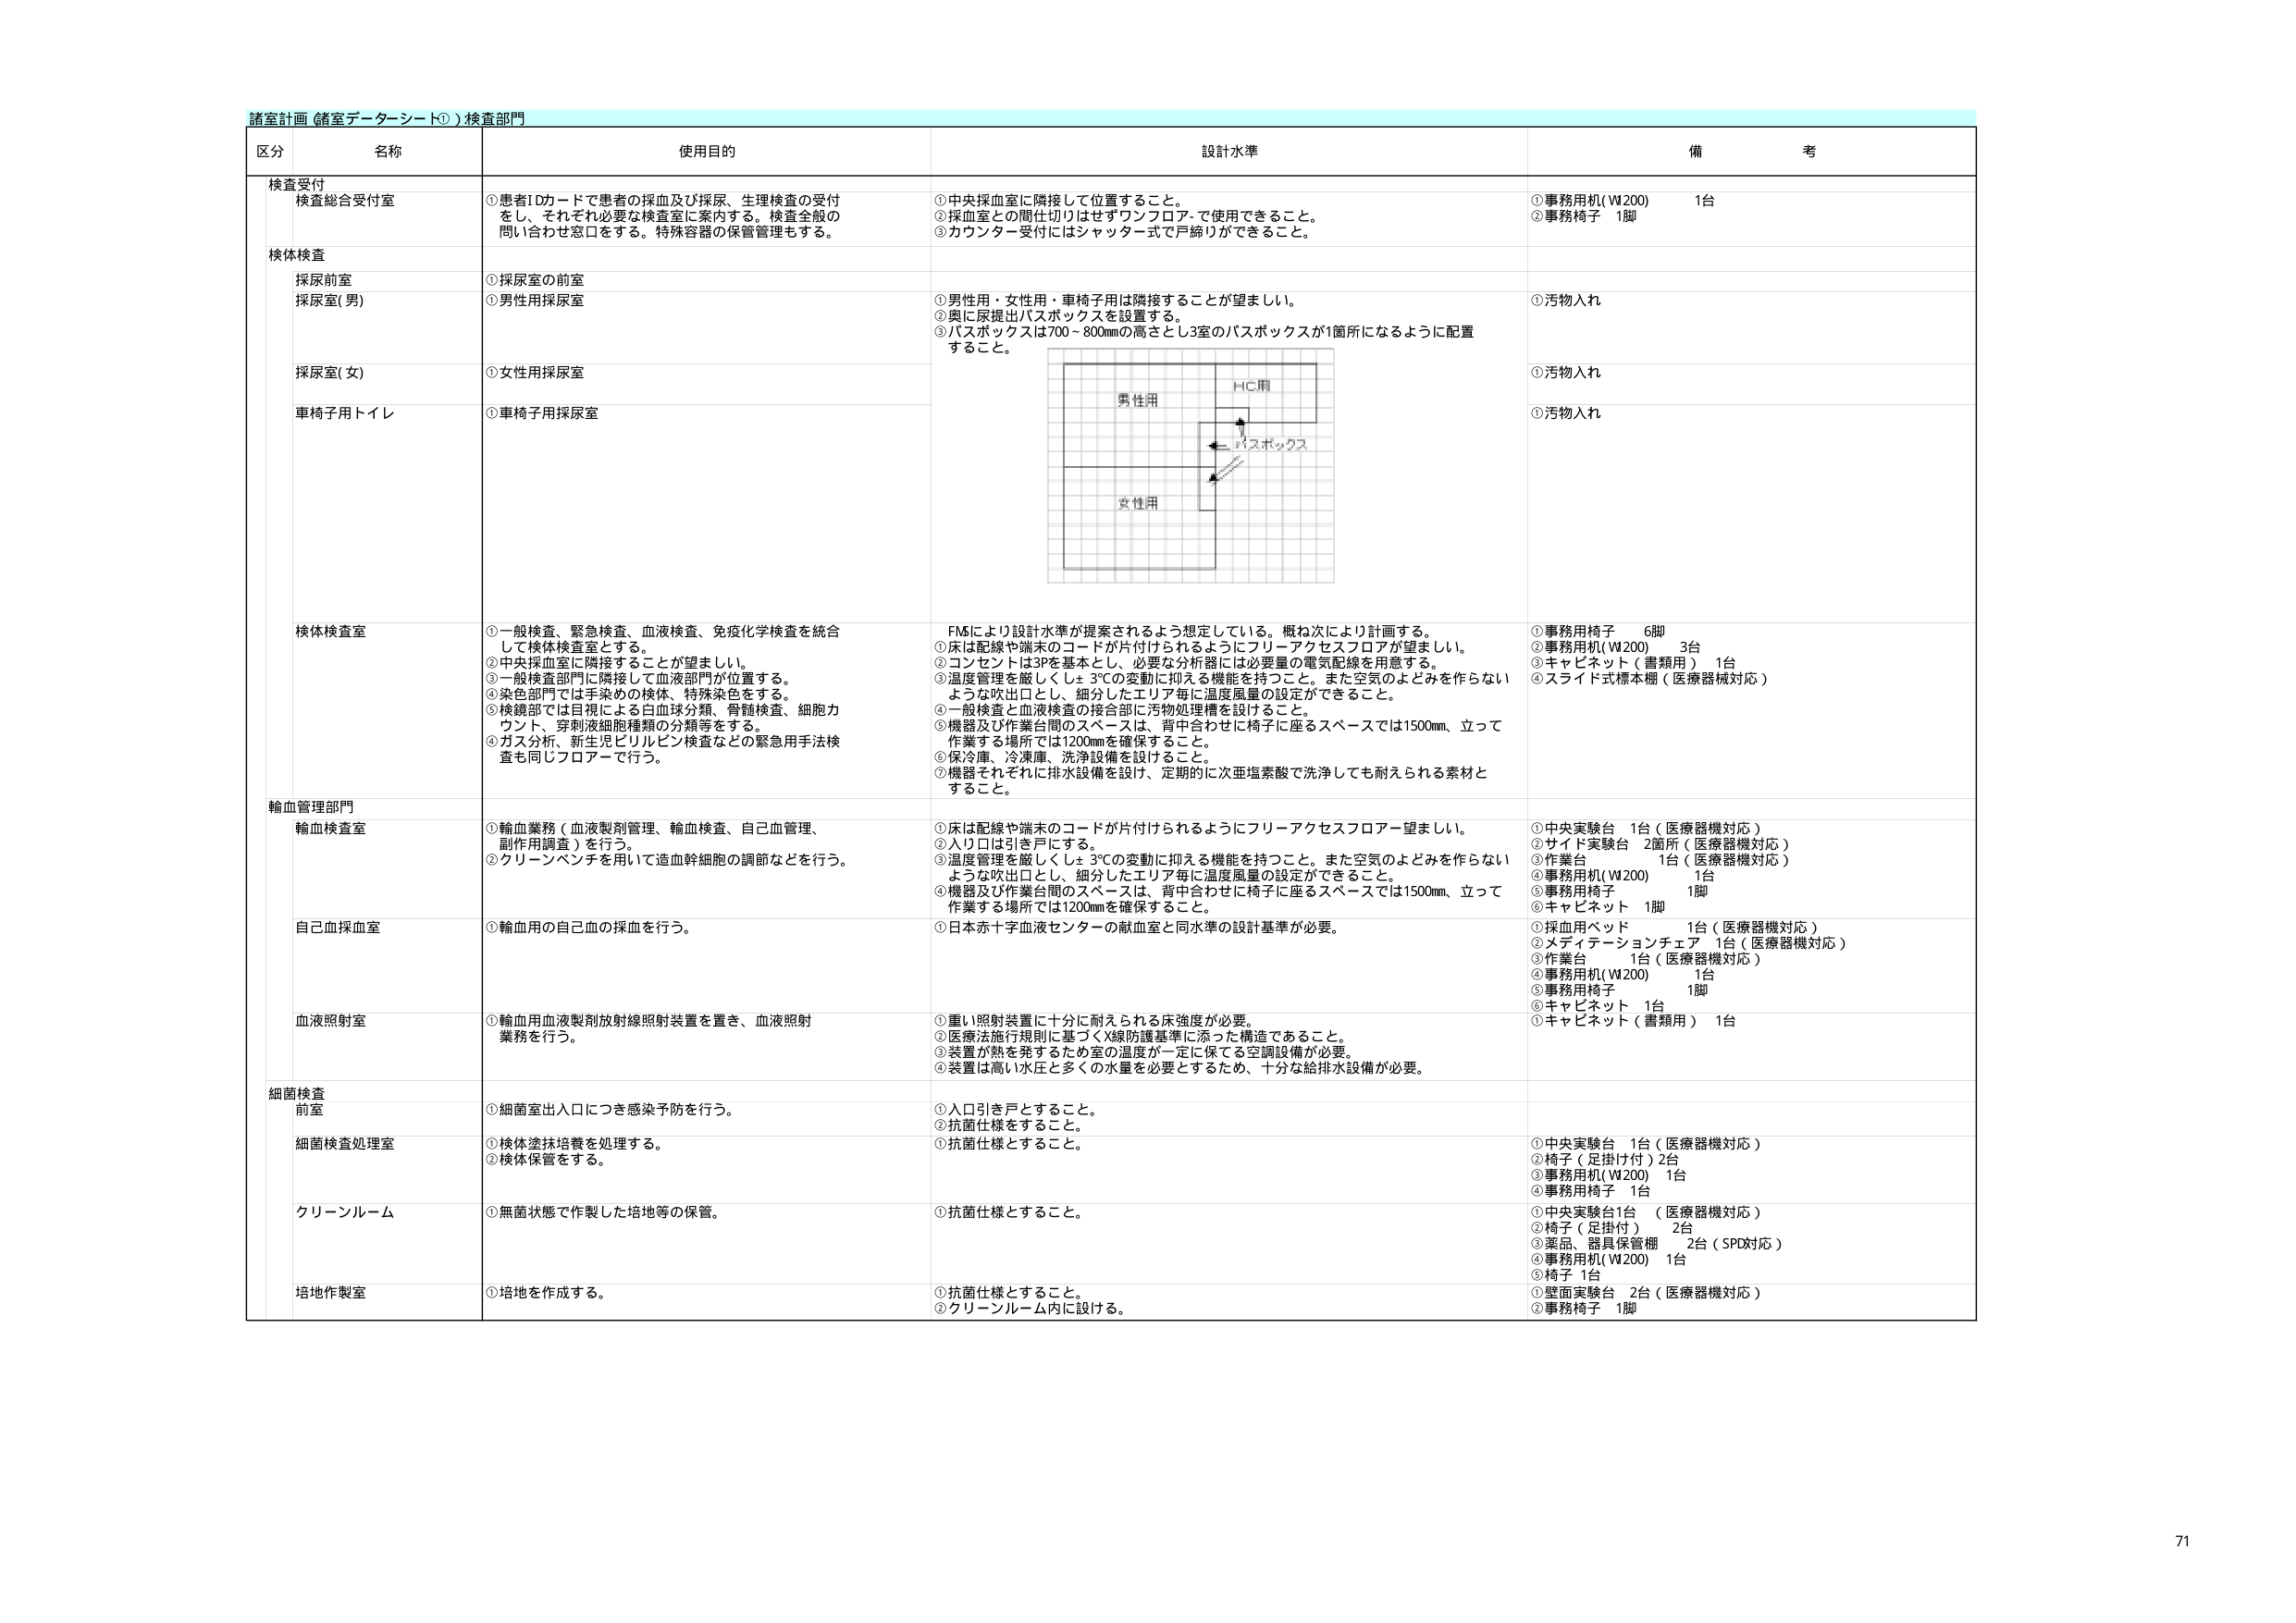
諸室計画（諸室データシート①）検査部門

区分 名称 使用目的 設計水準 備考

検査受付
検査総合受付室
①患者IDカードで患者の採血及び採尿、生理検査の受付をし、それぞれ必要な検査室に案内する。検査全般の問い合わせ窓口をする。特殊容器の保管管理もする。
①中央採血室に隣接して位置すること。
②採血室との間仕切りはせずワンフロア-で使用できること。
③カウンター受付にはシャッター式で戸締りができること。
①事務用机(W200) 1台
②事務椅子 1脚

検体検査
採尿前室
①採尿室の前室

採尿室(男)
①男性用採尿室
①男性用・女性用・車椅子用は隣接することが望ましい。
②奥に尿提出バスボックスを設置する。
③バスボックスの高さとし3室のバスボックスが1箇所になるように配置すること。
①汚物入れ

採尿室(女)
①女性用採尿室
①汚物入れ

車椅子用トイレ
①車椅子用採尿室
①汚物入れ

検体検査室
①一般検査、緊急検査、血液検査、免疫化学検査を統合して検体検査室とする。
②中央採血室に隣接することが望ましい。
③一般検査部門に隣接して血液部門が位置する。
④染色部門では手染めの検体、特殊染色をする。
⑤鏡検部では目視による白血球分類、骨髄検査、細胞カウント、穿刺液細胞種類の分類等をする。
④ガス分析、新生児ビリルビン検査などの緊急用手法検査も同じフロアーで行う。
FM5により設計水準が提案されるよう想定している。概ね次により計画する。
①床は配線や端末のコードが片付けられるようにフリーアクセスフロアーが望ましい。
②コンセントは3Pを基本とし、必要な分析器には必要量の電気配線を用意する。
③温度管理を厳しくし±3℃の変動に抑える機能を持つこと。また空気のよどみを作らないような吹出口とし、細分化したエリア毎に温度風量の設定ができること。
④一般検査と血液検査の接合部に汚物処理槽を設けること。
⑤機器及び作業台間のスペースは、背中合わせに椅子に座るスペースでは1500mm、立って作業する場所では1200mmを確保すること。
⑥保冷庫、冷凍庫、洗浄設備を設けること。
⑦機器をそれぞれに排水設備を設け、定期的に次亜塩素酸で洗浄しても耐えられる素材とすること。
①事務用椅子 6脚
②事務用机(W200) 3台
③キャビネット（書類用）1台
④スライド式標本棚（医療器械対応）

輸血管理部門
輸血検査室
①輸血業務（血液製剤管理、輸血検査、自己血管理、副作用調査）を行う。
②クリーンベンチを用いて造血幹細胞の調節などを行う。
①床は配線や端末のコードが片付けられるようにフリーアクセスフロアー望ましい。
②入り口は引き戸にする。
③温度管理を厳しくし±3℃の変動に抑える機能を持つこと。また空気のよどみを作らないような吹出口とし、細分化したエリア毎に温度風量の設定ができること。
④機器及び作業台間のスペースは、背中合わせに椅子に座るスペースでは1500mm、立って作業する場所では1200mmを確保すること。
①中央実験台 1台（医療器械対応）
②サイド実験台 2箇所（医療器械対応）
③作業台 1台（医療器械対応）
④事務用机(W200) 1台
⑤事務用椅子 1脚
⑥キャビネット 1脚

自己血採血室
①輸血用の自己血の採血を行う。
①日本赤十字血液センターの献血室と同水準の設計基準が必要。
①採血用ベッド 1台（医療器械対応）
②メディテーションチェア 1台（医療器械対応）
③作業台 1台（医療器械対応）
④事務用机(W200) 1台
⑤事務用椅子 1脚
⑥キャビネット 1台
⑦キャビネット（書類用）1台

血液照射室
①輸血用血液製剤放射線照射装置を置き、血液照射業務を行う。
①重い照射装置に十分に耐えられる床強度が必要。
②医療法施行規則に基づくX線防護基準に添った構造であること。
③装置が熱を発するため室の温度が一定に保てる空調設備が必要。
④装置は高い水圧と多くの水量を必要とするため、十分な給排水設備が必要。

細菌検査
前室
①細菌室出入口につき感染予防を行う。
①入口引き戸をすること。
②抗菌仕様をすること。

細菌検査処理室
①検体塗抹培養を処理する。
②検体保管をする。
①抗菌仕様をすること。
①中央実験台 1台（医療器械対応）
②椅子（足掛け付）2台
③事務用机(W200) 1台
④事務用椅子 1台

クリーンルーム
①無菌状態で作製した培地等の保管。
①抗菌仕様をすること。
①中央実験台1台 （医療器械対応）
②椅子（足掛け） 2台
③薬品、器具保管棚 2台（SPD対応）
④事務用机(W200) 1台
⑤椅子 1台

培地作製室
①培地を作成する。
①抗菌仕様をすること。
②クリーンルーム内に設ける。
①壁面実験台 2台（医療器械対応）
②事務椅子 1脚

71